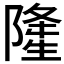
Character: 𨼇